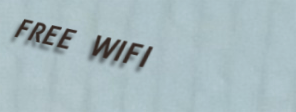
FREE WIFI